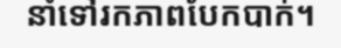
នាំទៅរកភាពបែកបាក់។